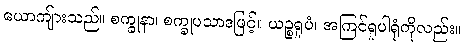
ယောကျ်ားသည်။ စက္ခုနာ၊ စက္ခုပသာဒဖြင့်။ ယဉ္စရူပံ၊ အကြင်ရူပါရုံကိုလည်း။